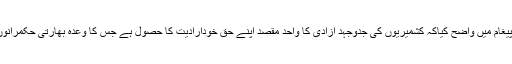
میر واعظ نے ایک ویڈیو پیغام میں واضح کیاکہ کشمیریوں کی جدوجہد آزادی کا واحد مقصد اپنے حق خودارادیت کا حصول ہے جس کا وعدہ بھارتی حکمرانوں نے خود ان سے کیاتھا ۔